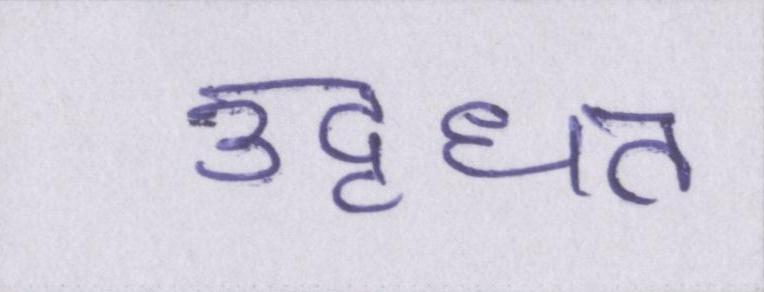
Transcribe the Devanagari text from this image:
उद्धृत